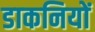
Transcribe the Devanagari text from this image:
डाकनियों